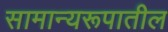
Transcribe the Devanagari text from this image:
सामान्यरूपातील